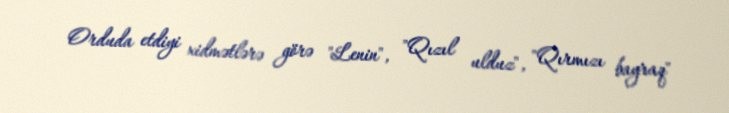
Orduda etdiyi xidmətlərə görə "Lenin", "Qızıl ulduz", "Qırmızı bayraq"